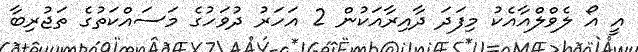
އީ އޯ ލެވްލްއާއެކު މިފަދަ ދާއިރާއަކުން 2 އަހަރު ދުވަހުގެ މަސައްކަތުގެ ތަޖުރިބާ